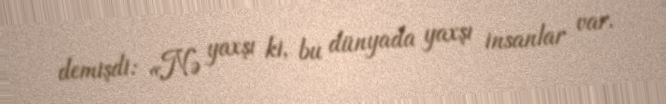
demişdi: «Nə yaxşı ki, bu dünyada yaxşı insanlar var.